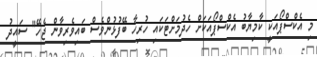
މި އެކްސްޕޯއަކީ ކާމިޔާބު އެކްސްޕޯއަކަށް ހެދުމަށްޓަކައި ހުރިހާ ބޭފުޅުންވެސް ބައިވެރިވާން ޖެހޭ" ސައީދު